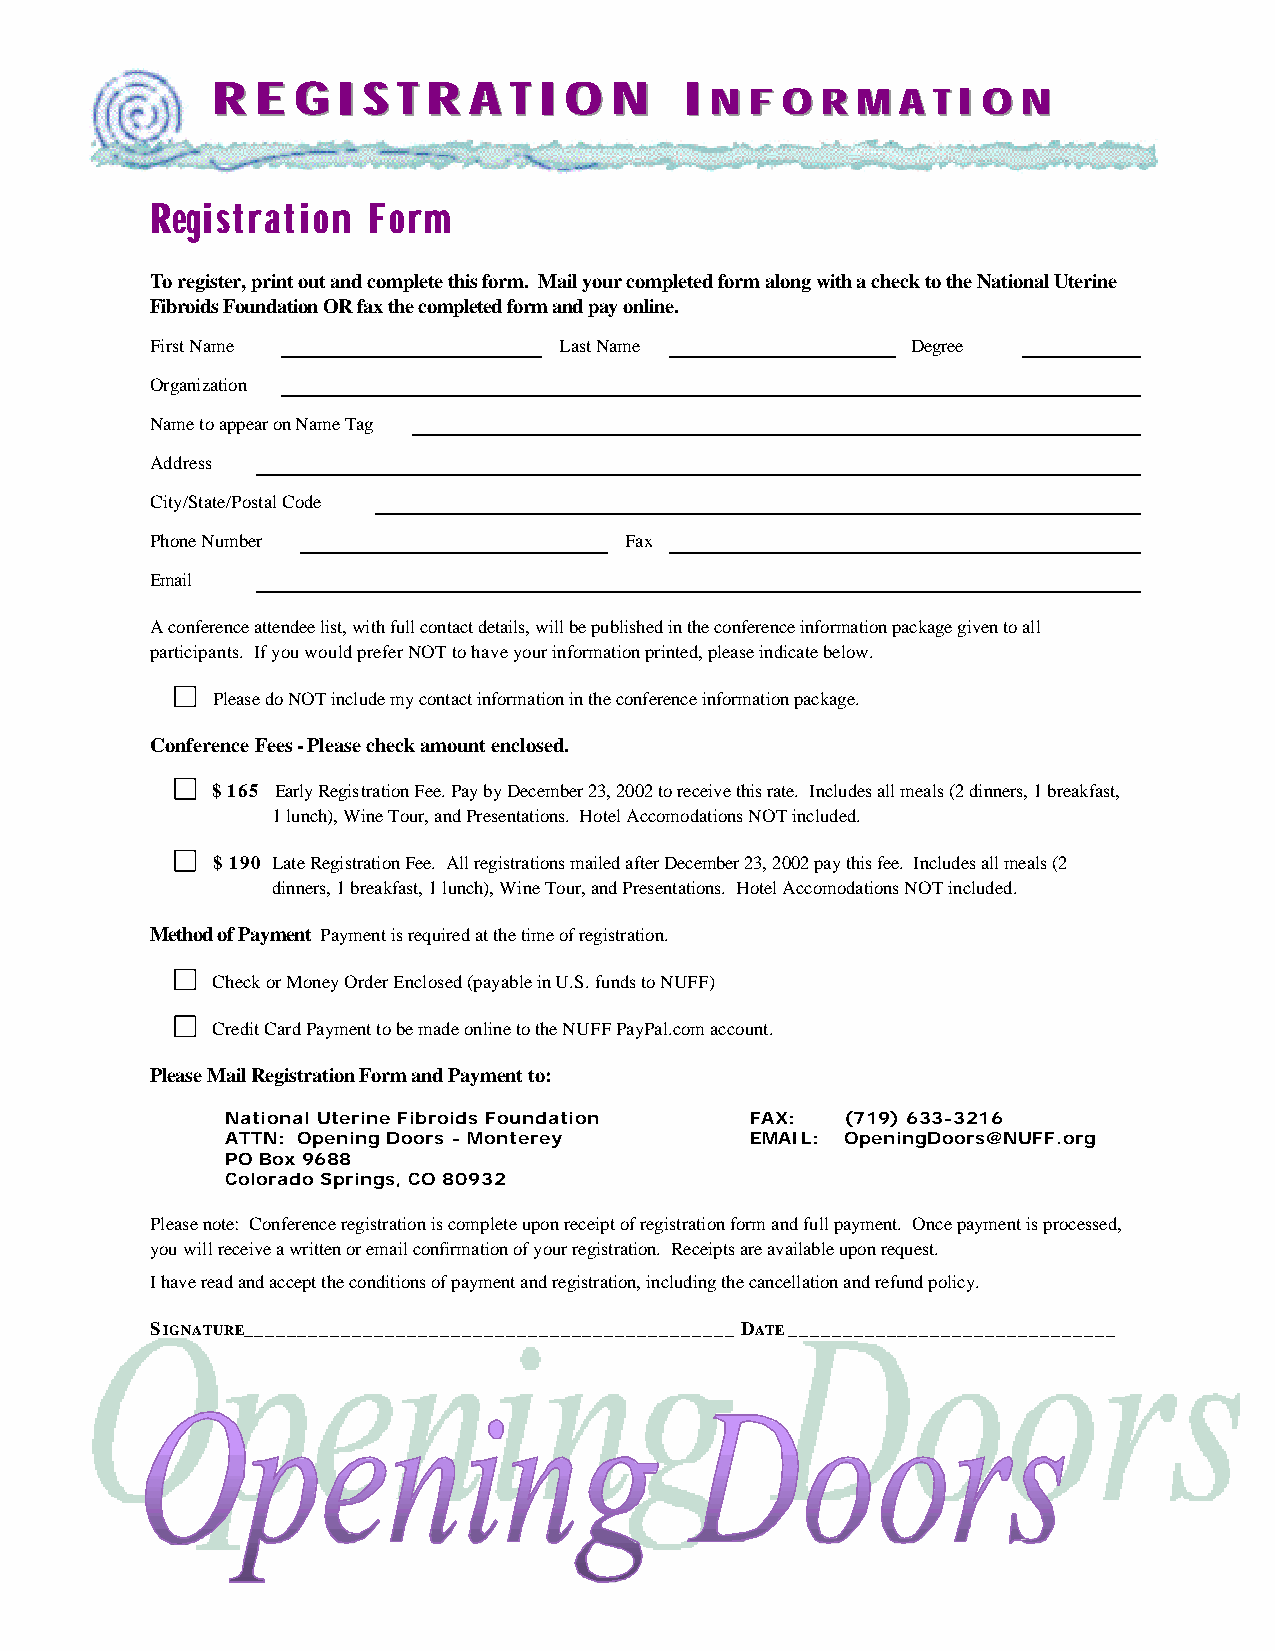
RRRRRREEEEEEGGGGGGIIIIIISSSSSSTTTTTTRRRRRRAAAAAATTTTTTIIIIIIOOOOOONNNNNN IIIIIINNNNNNFFFFFFOOOOOORRRRRRMMMMMMAAAAAATTTTTTIIIIII
 OOOOOONNNNNN
 RReeggiissttrraattiioonn FFoorrmm
 To register, print out and complete this form. Mail your completed form along with a check to the National Uterine
 Fibroids Foundation OR fax the completed form and pay online.
 First Name                 Last Name              Degree
 Organization
 Name to appear on Name Tag
 Address
 City/State/Postal Code
 Phone Number                   Fax
 Email
 A conference attendee list, with full contact details, will be published in the conference information package given to all
 participants. If you would prefer NOT to have your information printed, please indicate below.
 Please do NOT include my contact information in the conference information package.
 Conference Fees - Please check amount enclosed.
 $ 165 Early Registration Fee. Pay by December 23, 2002 to receive this rate. Includes all meals (2 dinners, 1 breakfast,
 1 lunch), Wine Tour, and Presentations. Hotel Accomodations NOT included.
 $ 190 Late Registration Fee. All registrations mailed after December 23, 2002 pay this fee. Includes all meals (2
 dinners, 1 breakfast, 1 lunch), Wine Tour, and Presentations. Hotel Accomodations NOT included.
 Method of Payment Payment is required at the time of registration.
 Check or Money Order Enclosed (payable in U.S. funds to NUFF)
 Credit Card Payment to be made online to the NUFF PayPal.com account.
 Please Mail Registration Form and Payment to:
 National Uterine Fibroids Foundation FAX: (719) 633-3216
 ATTN: Opening Doors - Monterey     EMAIL: OpeningDoors@NUFF.org
 PO Box 9688
 Colorado Springs, CO 80932
 Please note: Conference registration is complete upon receipt of registration form and full payment. Once payment is processed,
 you will receive a written or email confirmation of your registration. Receipts are available upon request.
 I have read and accept the conditions of payment and registration, including the cancellation and refund policy.
 SIGNATURE_____________________________________________ DATE ______________________________